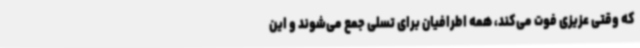
که وقتی عزیزی فوت می‌کند، همه اطرافیان برای تسلی جمع می‌شوند و این